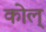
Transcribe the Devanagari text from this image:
कोल्